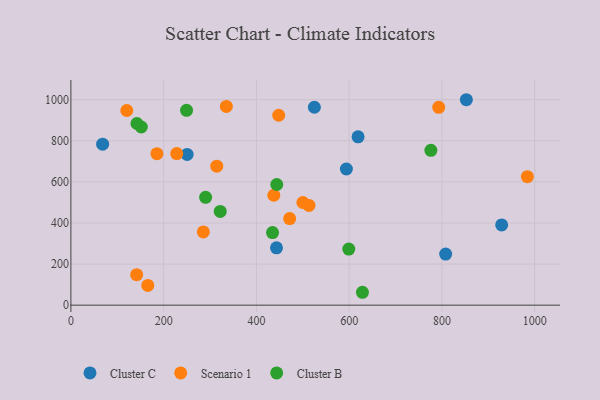
{"axis": {"x": "Price", "y": "Rating"}, "legend": ["Cluster B", "Cluster C", "Scenario 1"], "data": [{"x": "808.1", "y": 248.7, "type": "Cluster C"}, {"x": "852.7", "y": 999.8, "type": "Cluster C"}, {"x": "443.3", "y": 278.8, "type": "Cluster C"}, {"x": "68.4", "y": 783.4, "type": "Cluster C"}, {"x": "594.0", "y": 662.7, "type": "Cluster C"}, {"x": "928.9", "y": 390.4, "type": "Cluster C"}, {"x": "619.2", "y": 819.0, "type": "Cluster C"}, {"x": "525.0", "y": 963.1, "type": "Cluster C"}, {"x": "250.6", "y": 733.7, "type": "Cluster C"}, {"x": "141.8", "y": 148.3, "type": "Scenario 1"}, {"x": "285.5", "y": 356.4, "type": "Scenario 1"}, {"x": "165.8", "y": 96.1, "type": "Scenario 1"}, {"x": "793.1", "y": 962.8, "type": "Scenario 1"}, {"x": "500.2", "y": 499.7, "type": "Scenario 1"}, {"x": "185.5", "y": 737.0, "type": "Scenario 1"}, {"x": "984.3", "y": 625.4, "type": "Scenario 1"}, {"x": "335.2", "y": 967.1, "type": "Scenario 1"}, {"x": "437.5", "y": 535.0, "type": "Scenario 1"}, {"x": "513.4", "y": 485.2, "type": "Scenario 1"}, {"x": "471.7", "y": 421.6, "type": "Scenario 1"}, {"x": "314.5", "y": 676.2, "type": "Scenario 1"}, {"x": "228.2", "y": 737.7, "type": "Scenario 1"}, {"x": "448.1", "y": 924.2, "type": "Scenario 1"}, {"x": "120.5", "y": 947.4, "type": "Scenario 1"}, {"x": "249.4", "y": 948.1, "type": "Cluster B"}, {"x": "443.9", "y": 587.3, "type": "Cluster B"}, {"x": "599.2", "y": 272.9, "type": "Cluster B"}, {"x": "322.0", "y": 456.0, "type": "Cluster B"}, {"x": "151.8", "y": 867.0, "type": "Cluster B"}, {"x": "628.7", "y": 62.7, "type": "Cluster B"}, {"x": "434.8", "y": 353.1, "type": "Cluster B"}, {"x": "290.5", "y": 525.0, "type": "Cluster B"}, {"x": "142.3", "y": 884.1, "type": "Cluster B"}, {"x": "776.2", "y": 753.6, "type": "Cluster B"}]}